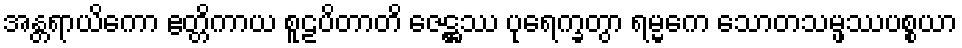
အန္တရာယိကော ဧတ္တိကာယ စူဠပိတာတိ ဇေဋ္ဌဿ ပုရေက္ခတွာ ရမ္မကေ သောတသမ္ဖဿပစ္စယာ